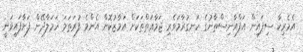
އެމެރިކާ ސިފައިން އަފްޣާނިސްތާނުގެ ހަނގުރާމަވެރި ޖަމާޢަތްތަކަށް އަމާޒުކޮށް އެންމެ ފުރަތަމަ ހަމަލާދޭން ފަށާފައިވަނީ